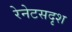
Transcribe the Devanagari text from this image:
रेनेटसदृश